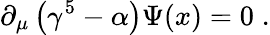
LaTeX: \partial_{\mu}\left(\gamma^{5}-\alpha\right)\Psi(x)=0\; .